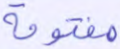
مفتوحة